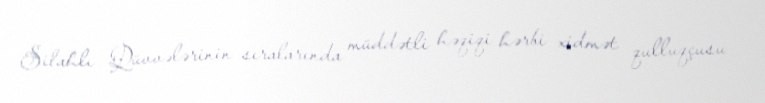
Silahlı Qüvvələrinin sıralarında müddətli həqiqi hərbi xidmət qulluqçusu